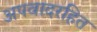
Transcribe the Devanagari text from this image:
अपवादरहित